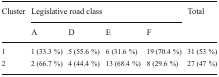
<table><thead><tr><td rowspan="2"><b>Cluster</b></td><td colspan="4"><b>Legislative road class</b></td><td rowspan="2"><b>Total</b></td></tr><tr><td><b>A</b></td><td><b>D</b></td><td><b>E</b></td><td><b>F</b></td></tr></thead><tbody><tr><td>1</td><td>1 (33.3 %)</td><td>5 (55.6 %)</td><td>6 (31.6 %)</td><td>19 (70.4 %)</td><td>31 (53 %)</td></tr><tr><td>2</td><td>2 (66.7 %)</td><td>4 (44.4 %)</td><td>13 (68.4 %)</td><td>8 (29.6 %)</td><td>27 (47 %)</td></tr></tbody></table>